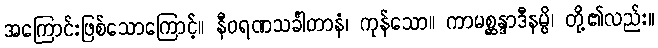
အကြောင်းဖြစ်သောကြောင့်။ နီဝရဏသင်္ခါတာနံ၊ ကုန်သော။ ကာမစ္ဆန္ဒာဒီနမ္ပိ၊ တို့၏လည်း။